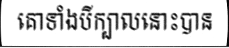
គោទាំងបីក្បាលនោះបាន